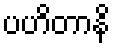
ပဟိတာနိ